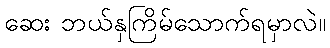
ဆေး ဘယ်နှကြိမ်သောက်ရမှာလဲ။